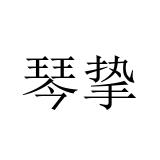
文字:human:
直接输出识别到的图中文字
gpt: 琴挚